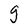
Character: g